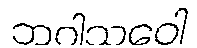
ဘဝါသဝေါ